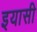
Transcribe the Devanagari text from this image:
इयासी